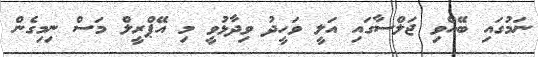
ނަމުގައި ބޭއްވި ޖަލްސާގައި އަލީ ވަހީދު ވިދާޅުވީ މި އޭޕްރީލް މަސް ނިމިގެން